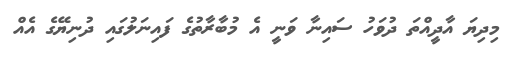
މިދިޔަ އާދީއްތަ ދުވަހު ސައިނާ ވަނީ އެ މުބާރާތުގެ ފައިނަލުގައި ދުނިޔޭގެ އެއް